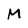
Character: M